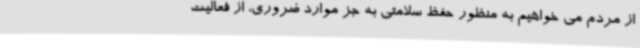
از مردم می خواهیم به منظور حفظ سلامتی به جز موارد ضروری، از فعالیت